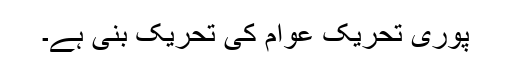
پوری تحریک عوام کی تحریک بنی ہے۔